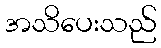
အသိပေးသည်